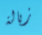
زبالة